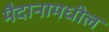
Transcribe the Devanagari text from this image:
मैदानामधील